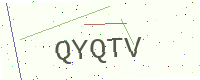
Text: QYQTV